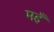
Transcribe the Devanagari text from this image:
मइँ